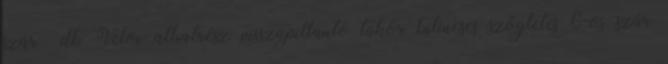
szár db Velox alkatrész visszapillantó tükör bilincses szögletes 6-os szár